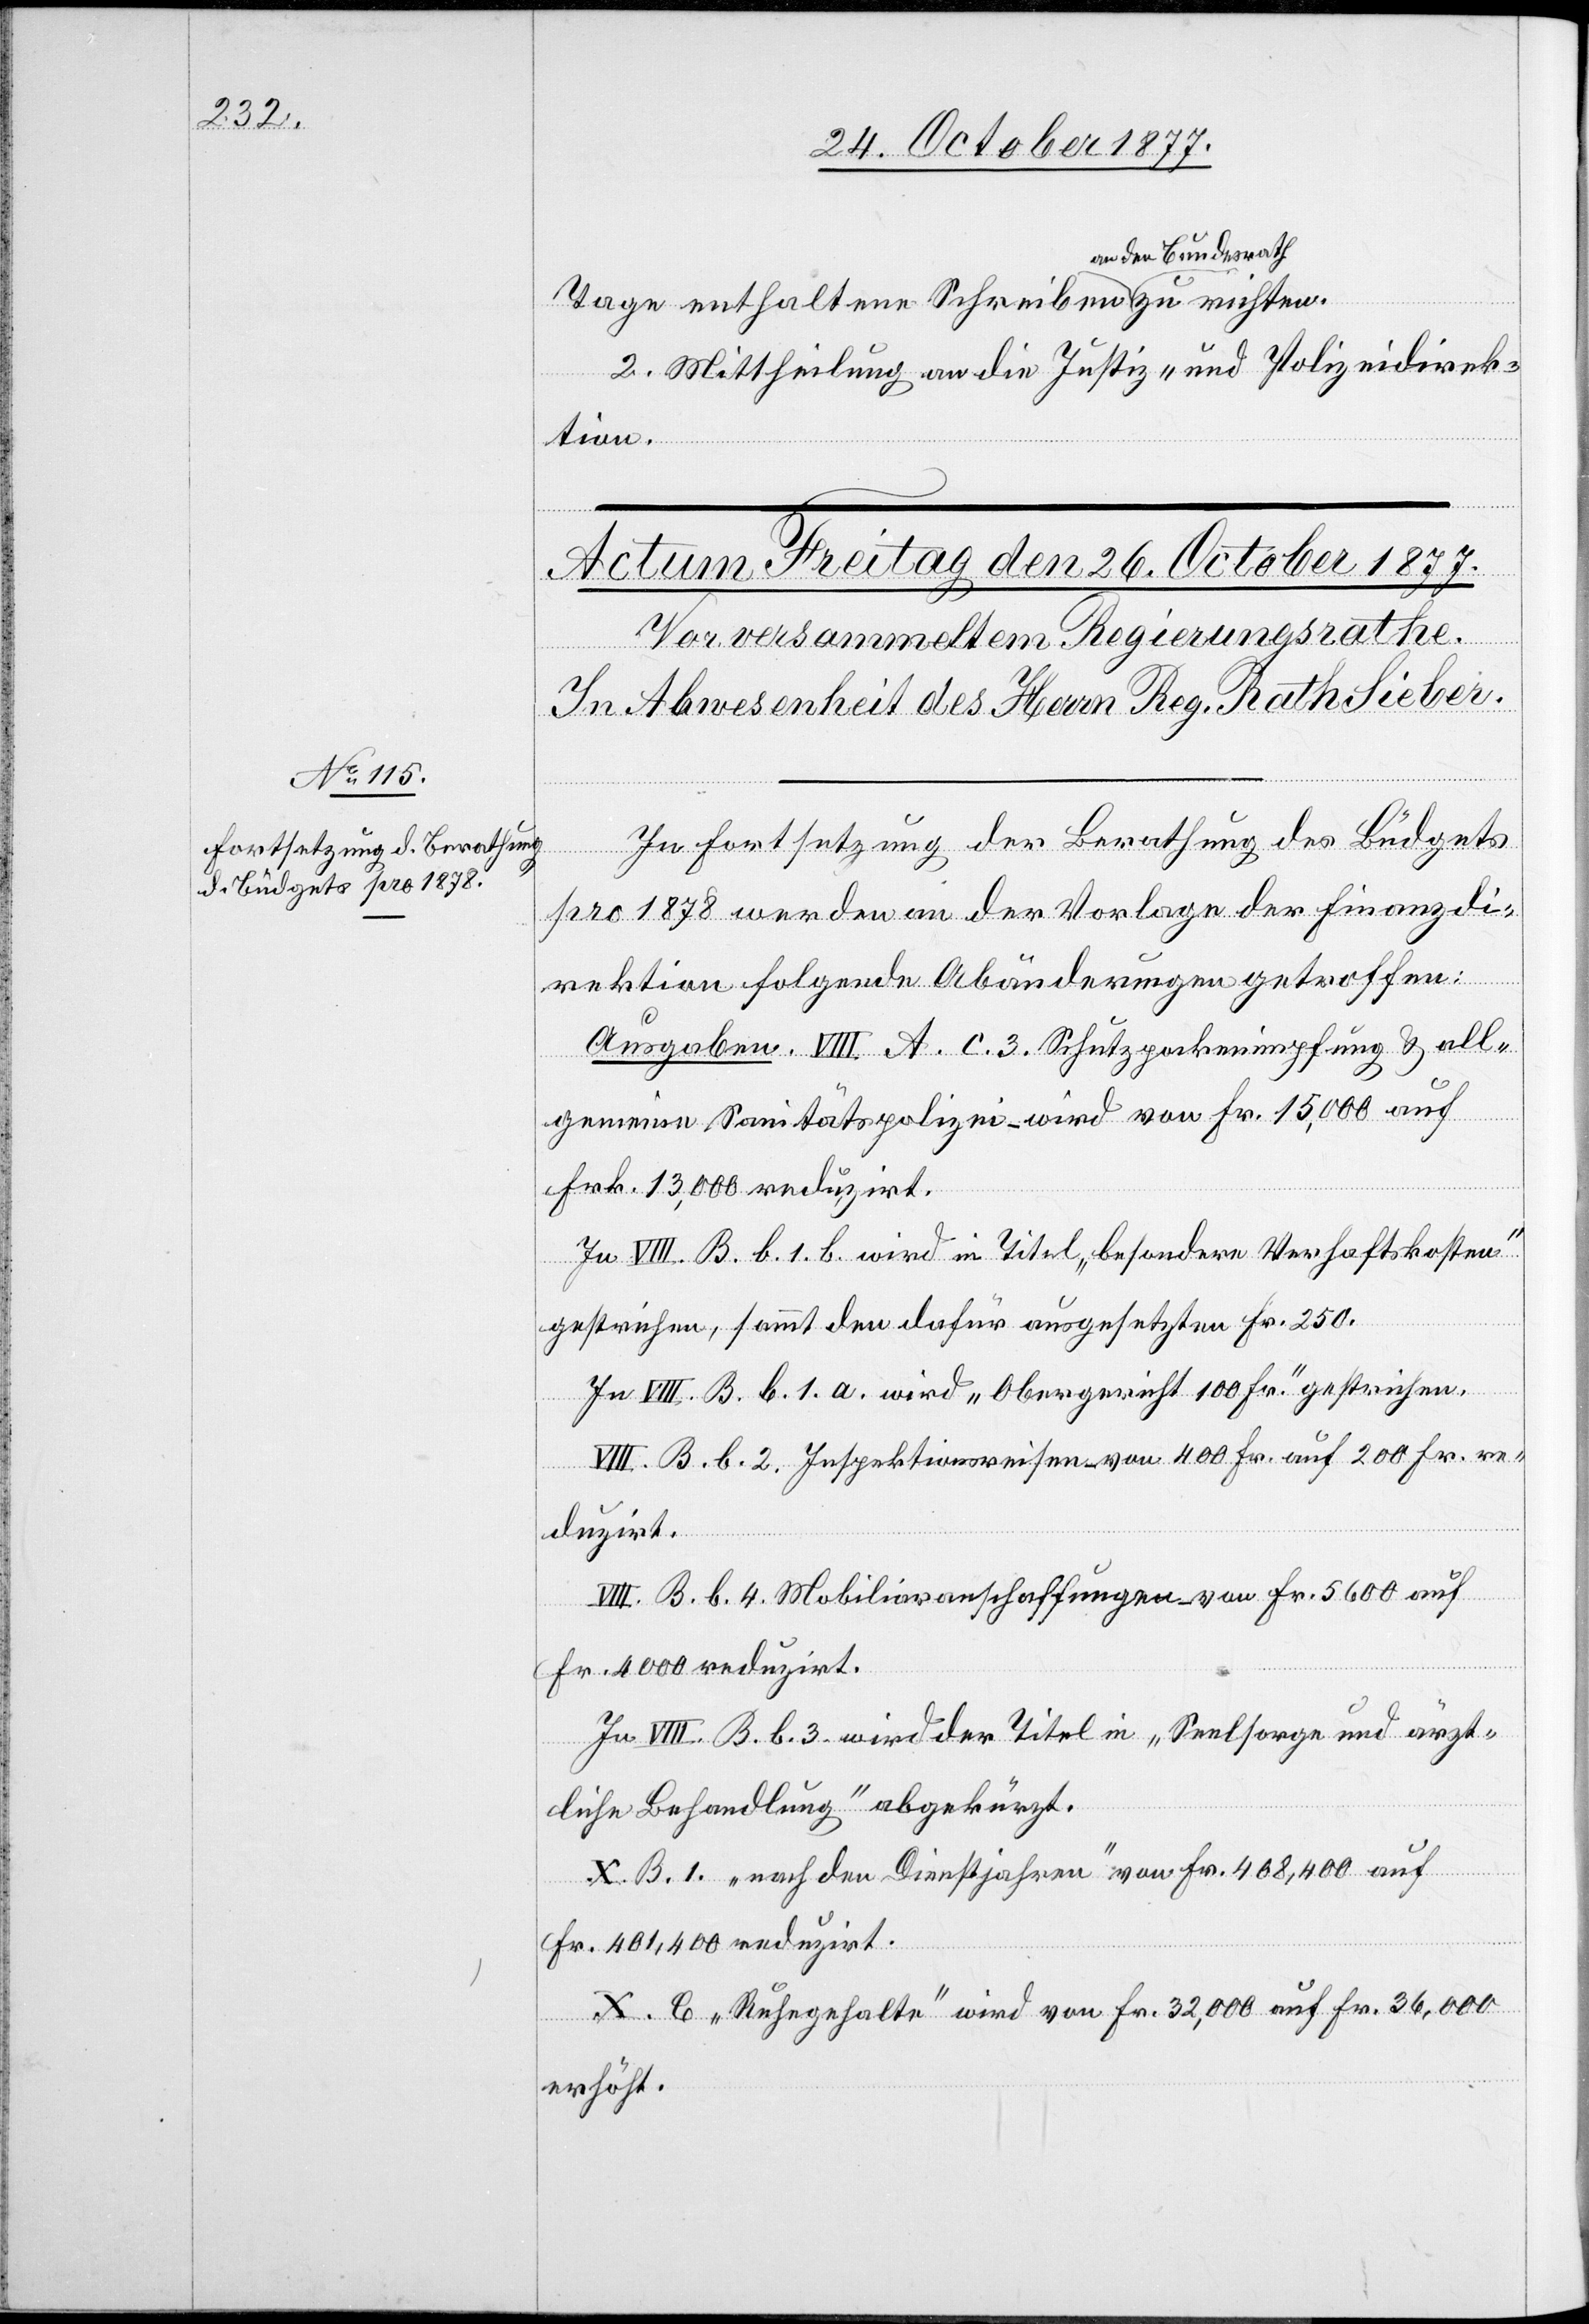
an den Bundesrath
2. Mittheilung an die Justiz- und Polizeidirek¬
tion.
In Fortsetzung der Berathung des Büdgets
richte¬
pro 1878 werden an der Vorlage der Finanzdi¬
rektion folgende Abänderungen getroffen:
Ausgaben. VIII A. c. 3. Schutzpockenimpfung & all¬
gemeine Sanitätspolizei – wird von Fr. 15,000 auf
Frk. 13,000 reduzirt.
In VIII. B. b. 1. b. wird in Titel „besondere Verhaftskosten“
gestrichen, sammt den dafür ausgesetzten Fr. 250.
zu
In VIII. B. b. 1. a. wird „Obergericht 100 Fr.“ gestrichen.
VI¬
II. B. b. 2. Inspektionsreisen – von 400 Fr. auf 200 Fr. re¬
duzirt.
VIII. B. b. 4. Mobiliaranschaffungen – von Fr. 5600 auf
Fr. 4000 reduzirt.
In VIII. B. b. 3. wird der Titel in „Seelsorge und ärzt¬
iben
liche Behandlung“ abgekürzt.
X. B. 1. „nach den Dienstjahren“ von Fr. 408,400 auf
Fr. 401,400 reduzirt.
Tage
X. C. „Ruhegehalte“ wird von Fr. 32,000 auf Fr. 36,000
erhöht.

n.